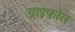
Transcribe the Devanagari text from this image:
ग्राइफोस